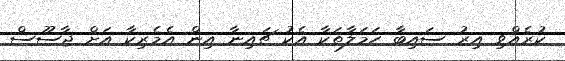
ކުރެއްވި އިރު ސައިބާ ހަމަލާތަކާ އެކު ޗައިނާ އިން އެމެރިކާ އަށް ޖާސޫސް